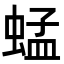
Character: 蜢